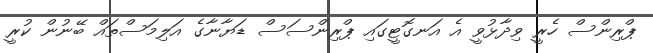
ޕްރިންސް ހެރީ ވިދާޅުވީ އެ އަނގޮޓީގައި ޕްރިންސަސް ޑަޔާނާގެ އަލިމަސްތައް ބޭނުން ކުރީ